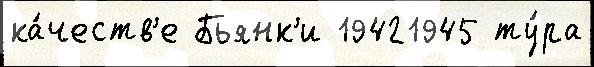
ка́честв'е Бьянк'и 19421945 ту́ра